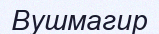
Вушмагир